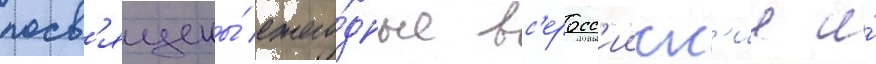
посв'ящены́ ежего́дные вс'еросс'ииск'ие и́